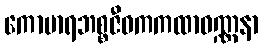
ကောမာရဘစ္စဇီဝကကထာဝဏ္ဏနာ